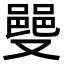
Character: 𫩌